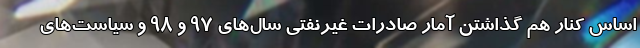
اساس کنار هم گذاشتن آمار صادرات غیرنفتی سال‌های 97 و 98 و سیاست‌های